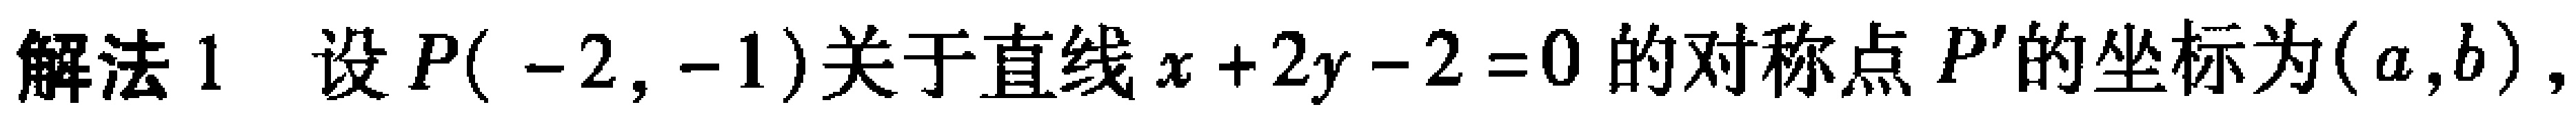
解法1 设$P(-2,-1)$关于直线$x + 2y - 2 = 0$的对称点$P'$的坐标为$(a,b)$，